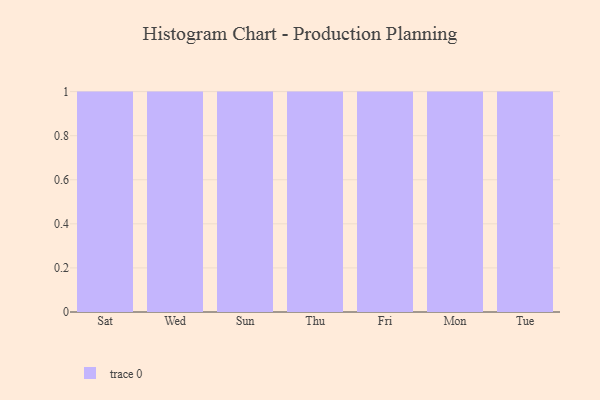
{"axis": {"x": "Day", "y": "Churn Rate (%)"}, "legend": [""], "data": [{"x": "Sat", "y": 29, "type": ""}, {"x": "Wed", "y": 77, "type": ""}, {"x": "Sun", "y": 62, "type": ""}, {"x": "Thu", "y": 82, "type": ""}, {"x": "Fri", "y": 41, "type": ""}, {"x": "Mon", "y": 25, "type": ""}, {"x": "Tue", "y": 87, "type": ""}]}